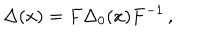
LaTeX: \Delta ( x ) = F \Delta _ { 0 } ( x ) F ^ { - 1 } \, ,